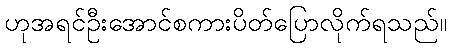
ဟုအရင်ဦးအောင်စကားပိတ်ပြောလိုက်ရသည်။